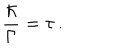
\frac { \hbar } { \Gamma } = \tau \, .